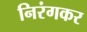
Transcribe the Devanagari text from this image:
निरंगकर